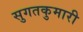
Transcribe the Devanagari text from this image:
सुगतकुमारी